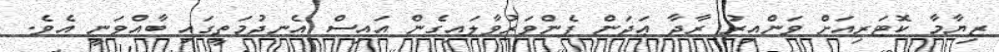
ޒިޔާމާ ކޮޓަރިއަށް ވަންއިރު ރާދާ ޢަދަން ފެންވަރުވާލައިގެން އައިސް އެނދުމަތީގައި ބާއްވަނީ އެވެ.